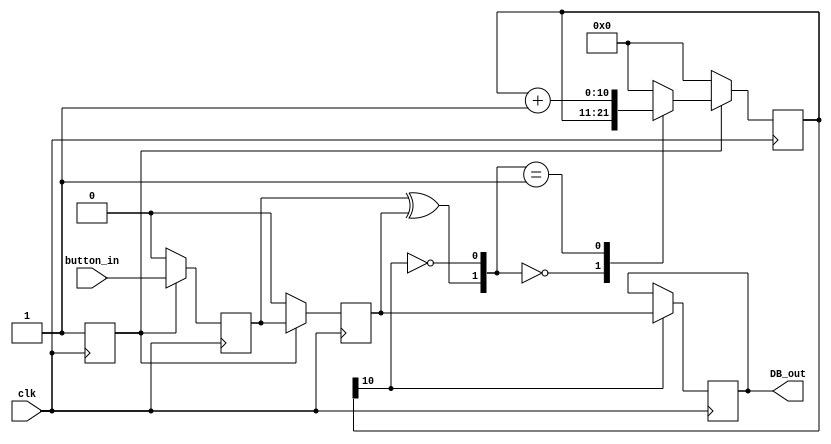
`timescale 1ns / 1ps
//////////////////////////////////////////////////////////////////////////////////
// Company: 
// Engineer: 
// 
// Design Name: 
// Module Name:    debounce 
// Project Name: 
// Target Devices: 
// Tool versions: 
// Description: 
//
// Dependencies: 
//
// Revision: 
// Revision 0.01 - File Created
// Additional Comments: 
//
//////////////////////////////////////////////////////////////////////////////////
module debounce(clk,button_in,DB_out);
    input clk;
    //input n_reset,
    input button_in;
    output reg DB_out;
    
	 
	 //// ---------------- internal constants --------------
	parameter N = 11 ;		// (2^ (21-1) )/ 38 MHz = 32 ms debounce time
////---------------- internal variables ---------------
	reg  [N-1 : 0]	q_reg;							// timing regs
	reg  [N-1 : 0]	q_next;
	reg DFF1, DFF2;									// input flip-flops
	wire q_add;											// control flags
	wire q_reset;
//// ------------------------------------------------------

	reg n_reset = 0;
////contenious assignment for counter control
	assign q_reset = (DFF1  ^ DFF2);		// xor input flip flops to look for level chage to reset counter
	assign  q_add = ~(q_reg[N-1]);			// add to counter when q_reg msb is equal to 0
	
//// combo counter to manage q_next	
	always @ ( q_reset, q_add, q_reg)
		begin
			case( {q_reset , q_add})
				2'b00 :
						q_next <= q_reg;
				2'b01 :
						q_next <= q_reg + 1;
				default :
						q_next <= { N {1'b0} };
			endcase 	
		end
	
//// Flip flop inputs and q_reg update
	always @ ( posedge clk )
		begin
			if(n_reset ==  1'b0)
				begin
					DFF1 <= 1'b0;
					DFF2 <= 1'b0;
					q_reg <= { N {1'b0} };
					n_reset <=1;
				end
			else
				begin
					DFF1 <= button_in;
					DFF2 <= DFF1;
					q_reg <= q_next;
				end
		end
	
//// counter control
	always @ ( posedge clk )
		begin
			if(q_reg[N-1] == 1'b1)
					DB_out <= DFF2;
			else
					DB_out <= DB_out;
		end

	endmodule